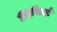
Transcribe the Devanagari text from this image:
शुद्धीकडे